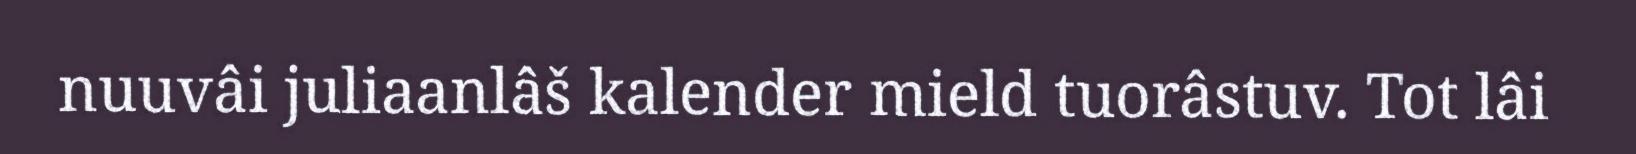
nuuvâi juliaanlâš kalender mield tuorâstuv. Tot lâi